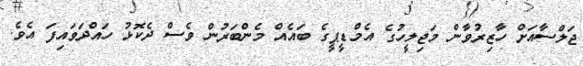
ޖަލްސާއަށް ހާޒިރުވާން މަޖިލީހުގެ އެމްޑީޕީގެ ބައެއް މެންބަރުން ވެސް ދެކޮޅު ހައްދަވައިފަ އެވެ.